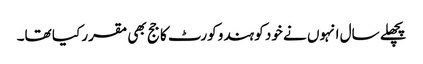
پچھلے سال انہوں نے خود کو ہندو کورٹ کا جج بھی مقرر کیا تھا۔